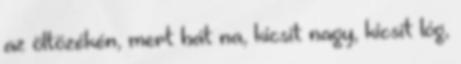
az öltözékén, mert hát na, kicsit nagy, kicsit lóg,